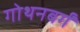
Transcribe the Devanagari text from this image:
गोथनबर्गं